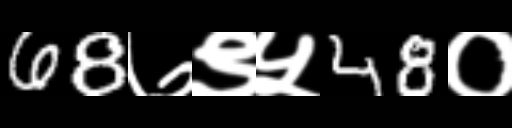
Text: 68७९५48०